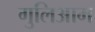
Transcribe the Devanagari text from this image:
गुलिआम